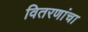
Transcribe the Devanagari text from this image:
वितरणांचा